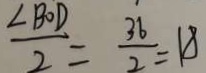
\frac { \angle B O D } { 2 } = \frac { 3 6 } { 2 } = 1 8